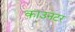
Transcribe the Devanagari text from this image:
काउनटर